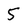
Character: 5